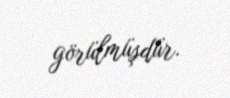
görülmüşdür.